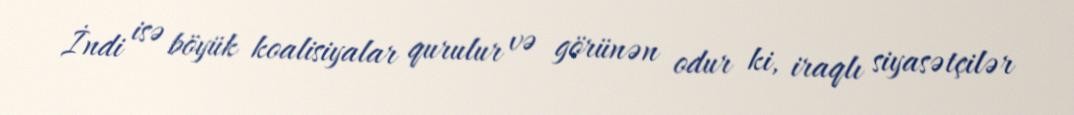
İndi isə böyük koalisiyalar qurulur və görünən odur ki, iraqlı siyasətçilər